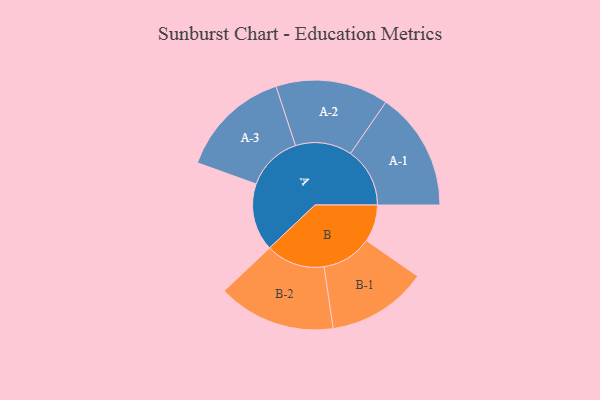
{"axis": {"x": "Segment", "y": "Value"}, "legend": ["", "A", "B"], "data": [{"x": "A", "y": 280, "type": ""}, {"x": "B", "y": 154, "type": ""}, {"x": "A-1", "y": 246, "type": "A"}, {"x": "A-2", "y": 234, "type": "A"}, {"x": "A-3", "y": 231, "type": "A"}, {"x": "B-1", "y": 208, "type": "B"}, {"x": "B-2", "y": 244, "type": "B"}]}